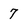
Character: 7